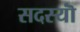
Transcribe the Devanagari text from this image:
सदस्यॊं